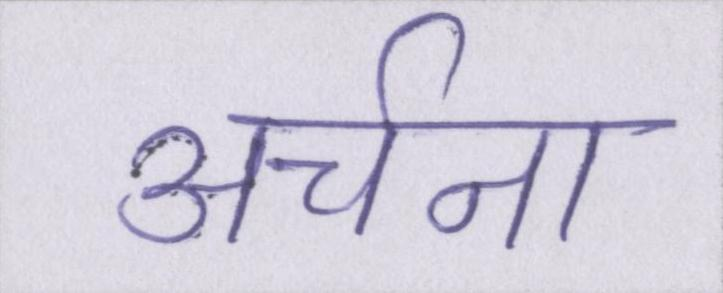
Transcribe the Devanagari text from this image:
अर्चना